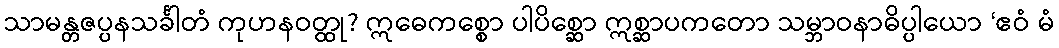
သာမန္တဇပ္ပနသင်္ခါတံ ကုဟနဝတ္ထု? ဣဓေကစ္စော ပါပိစ္ဆော ဣစ္ဆာပကတော သမ္ဘာဝနာဓိပ္ပါယော ‘ဧဝံ မံ